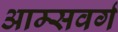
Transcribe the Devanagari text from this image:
आम्सवर्ग